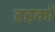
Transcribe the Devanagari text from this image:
डहकों